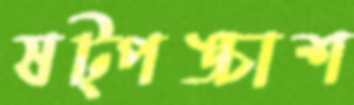
ষট্‌পঙ্চাশ